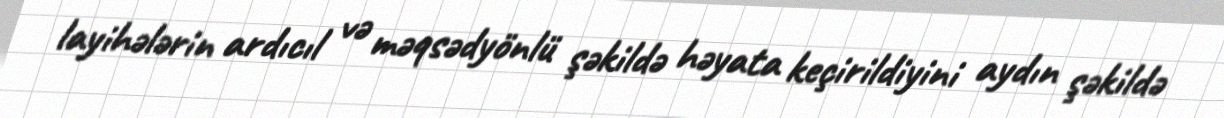
layihələrin ardıcıl və məqsədyönlü şəkildə həyata keçirildiyini aydın şəkildə